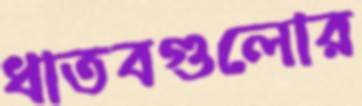
ধাতবগুলোর